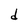
Character: d